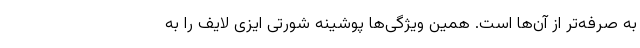
به صرفه‌تر از آن‌ها است. همین ویژگی‌ها پوشینه شورتی ایزی لایف را به